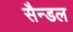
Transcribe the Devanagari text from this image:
सैन्डल